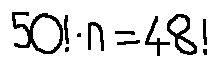
5 0 ! \cdot n = 4 8 !